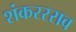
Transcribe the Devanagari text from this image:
शंकररराव